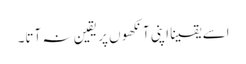
اسے یقینا اپنی آنکھوں پر یقین نہ آتا۔